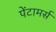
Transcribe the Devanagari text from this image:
पेंटामर्स